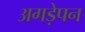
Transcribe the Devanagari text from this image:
अगड़ेपन